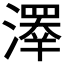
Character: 𤀎